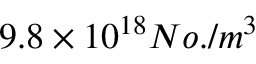
9 . 8 \times 1 0 ^ { 1 8 } N o . / m ^ { 3 }